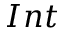
I n t